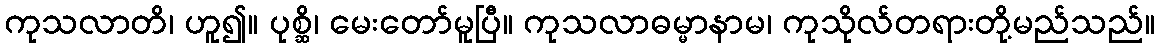
ကုသလာတိ၊ ဟူ၍။ ပုစ္ဆိ၊ မေးတော်မူပြီ။ ကုသလာဓမ္မာနာမ၊ ကုသိုလ်တရားတို့မည်သည်။